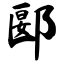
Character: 郾